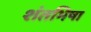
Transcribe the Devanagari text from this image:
शंतभिषा